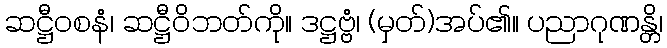
ဆဋ္ဌီဝစနံ၊ ဆဋ္ဌီဝိဘတ်ကို။ ဒဋ္ဌဗ္ဗံ၊ (မှတ်)အပ်၏။ ပညာဂုဏန္တိ၊